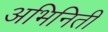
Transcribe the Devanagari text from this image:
अभिनिती